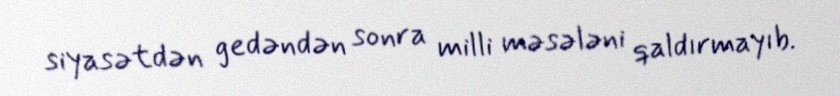
siyasətdən gedəndən sonra milli məsələni qaldırmayıb.